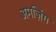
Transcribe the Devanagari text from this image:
अमज़िंग